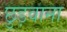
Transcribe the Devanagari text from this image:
छुड़वाना